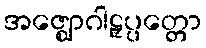
အဇ္ဈောဂါဠှပ္ပတ္တော